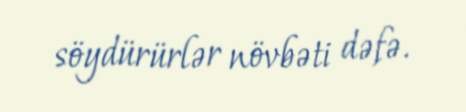
söydürürlər növbəti dəfə.